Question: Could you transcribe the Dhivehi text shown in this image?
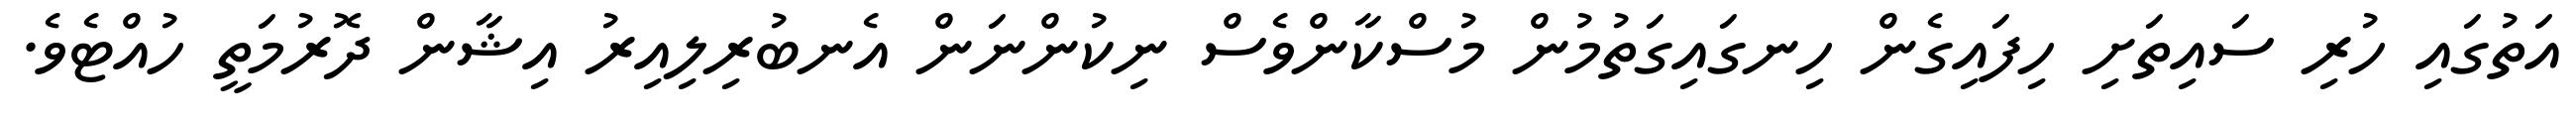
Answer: އަތުގައި ހުރި ސައިތަށި ހިފައިގެން ހިނގައިގަތުމުން މުސްކާންވެސް ނިކުންނަން އެނބުރިލިއިރު އިޝާން ދޮރުމަތީ ހުއްޓެވެ.